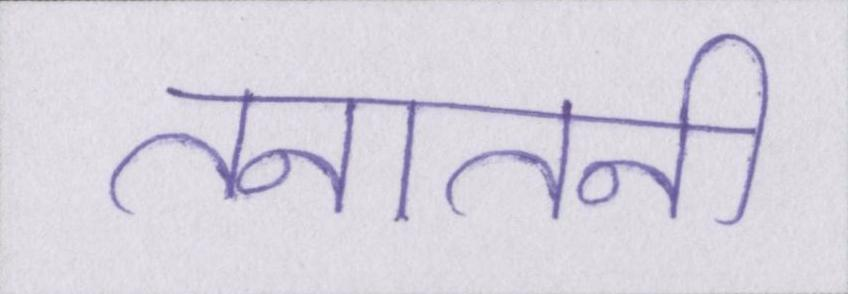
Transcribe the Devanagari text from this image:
तनातनी